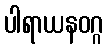
ပါရာယနဝဂ္ဂ